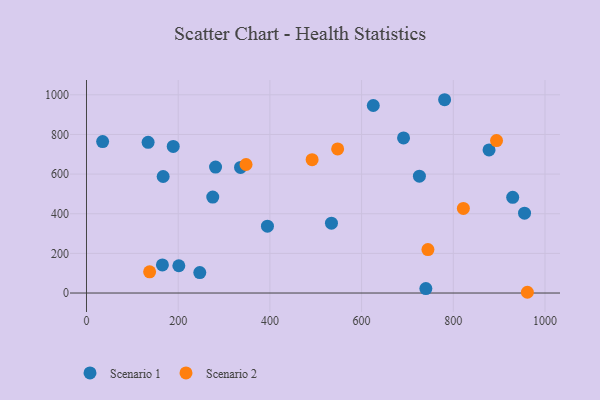
{"axis": {"x": "Engine Size", "y": "Demand"}, "legend": ["Scenario 1", "Scenario 2"], "data": [{"x": "167.2", "y": 587.8, "type": "Scenario 1"}, {"x": "247.1", "y": 103.0, "type": "Scenario 1"}, {"x": "275.4", "y": 484.2, "type": "Scenario 1"}, {"x": "201.4", "y": 137.7, "type": "Scenario 1"}, {"x": "878.0", "y": 722.1, "type": "Scenario 1"}, {"x": "189.2", "y": 739.4, "type": "Scenario 1"}, {"x": "929.6", "y": 482.8, "type": "Scenario 1"}, {"x": "281.5", "y": 635.6, "type": "Scenario 1"}, {"x": "691.5", "y": 782.6, "type": "Scenario 1"}, {"x": "625.5", "y": 945.9, "type": "Scenario 1"}, {"x": "394.7", "y": 337.0, "type": "Scenario 1"}, {"x": "740.2", "y": 22.4, "type": "Scenario 1"}, {"x": "134.4", "y": 760.0, "type": "Scenario 1"}, {"x": "336.0", "y": 633.7, "type": "Scenario 1"}, {"x": "35.2", "y": 764.1, "type": "Scenario 1"}, {"x": "781.1", "y": 975.1, "type": "Scenario 1"}, {"x": "534.3", "y": 352.5, "type": "Scenario 1"}, {"x": "165.6", "y": 141.6, "type": "Scenario 1"}, {"x": "955.4", "y": 402.6, "type": "Scenario 1"}, {"x": "726.1", "y": 589.7, "type": "Scenario 1"}, {"x": "492.1", "y": 672.6, "type": "Scenario 2"}, {"x": "822.0", "y": 427.0, "type": "Scenario 2"}, {"x": "547.8", "y": 726.7, "type": "Scenario 2"}, {"x": "894.3", "y": 769.1, "type": "Scenario 2"}, {"x": "961.6", "y": 3.8, "type": "Scenario 2"}, {"x": "348.0", "y": 648.4, "type": "Scenario 2"}, {"x": "744.7", "y": 219.1, "type": "Scenario 2"}, {"x": "137.7", "y": 106.8, "type": "Scenario 2"}]}